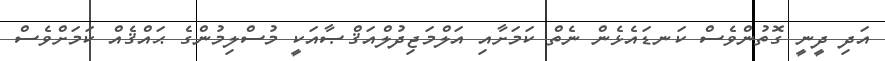
އަދި ދީނީ ގޮތުންވެސް ކަނޑައެޅެން ނެތް ކަމަށާއި އަލްމަޖިދުލްއަޤްޞާއަކީ މުސްލިމުންގެ ޙައްޤެއް ކަމަށްވެސް